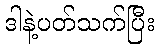
ဒါနဲ့ပတ်သက်ပြီး